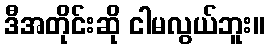
ဒီအတိုင်းဆို ငါမလွယ်ဘူး။